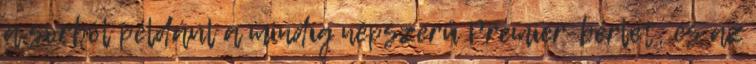
a sorból például a mindig népszerű Premier-bérlet, és az